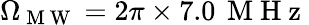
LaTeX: \Omega_{\mathrm{~M~W~}}=2\pi\times 7.0\, \mathrm{~M~H~z~}